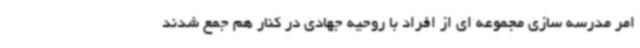
امر مدرسه سازی مجموعه ای از افراد با روحیه جهادی در کنار هم جمع شدند